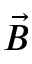
\vec { B }